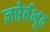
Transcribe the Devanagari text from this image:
ज्ञप्तेर्बभूव